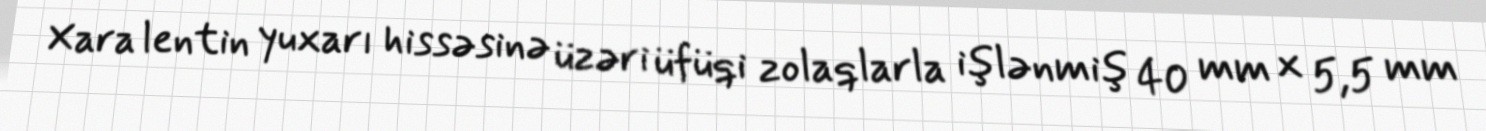
Xara lentin yuxarı hissəsinə üzəri üfüqi zolaqlarla işlənmiş 40 mm x 5,5 mm